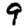
Digit: 9